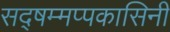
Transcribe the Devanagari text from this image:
सद्षम्मप्पकासिनी